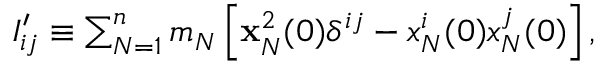
\begin{array} { r } { I _ { i j } ^ { \prime } \equiv \sum _ { N = 1 } ^ { n } m _ { N } \left[ { \bf x } _ { N } ^ { 2 } ( 0 ) \delta ^ { i j } - x _ { N } ^ { i } ( 0 ) x _ { N } ^ { j } ( 0 ) \right] , } \end{array}